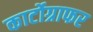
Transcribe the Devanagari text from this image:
कार्टोग्राफर